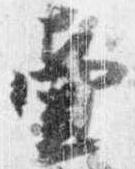
壷